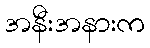
အနီးအနားက